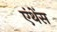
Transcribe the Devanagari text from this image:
एंथेंस